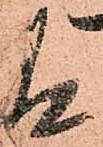
有